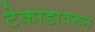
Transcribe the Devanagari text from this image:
टेकाडावरून